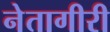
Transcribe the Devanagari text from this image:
नेतागीरी